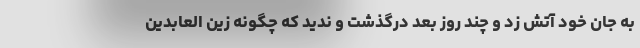
به جان خود آتش زد و چند روز بعد درگذشت و ندید که چگونه زین العابدین